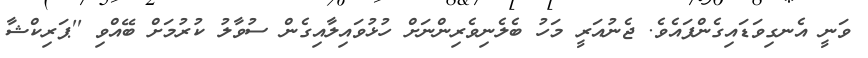
ވަނީ އެނގިވަޑައިގެންފައެވެ. ޖެނުއަރީ މަހު ބެލެނިވެރިންނަށް ހުޅުވައިލާއިގެން ސުވާލު ކުރުމަށް ބޭއްވި ''ޕަރިކްޝާ